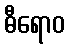
ဓီရောဝ